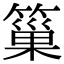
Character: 𥲀